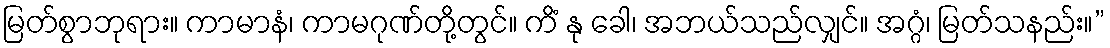
မြတ်စွာဘုရား။ ကာမာနံ၊ ကာမဂုဏ်တို့တွင်။ ကိံ နု ခေါ၊ အဘယ်သည်လျှင်။ အဂ္ဂံ၊ မြတ်သနည်း။”